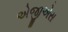
એજીએસ